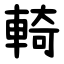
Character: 輢